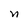
Character: n